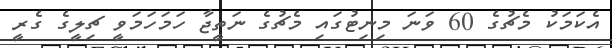
އެކަމަކު މެޗުގެ 60 ވަނަ މިނިޓުގައި މެޗުގެ ނަތީޖާ ހަަމަހަމަވީ ޗިލީގެ ގެރީ